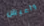
وأعيش